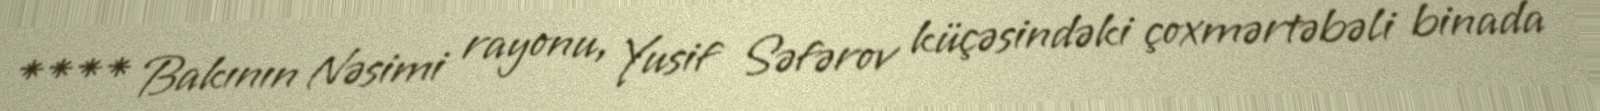
**** Bakının Nəsimi rayonu, Yusif Səfərov küçəsindəki çoxmərtəbəli binada